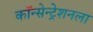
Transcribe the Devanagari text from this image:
कॉन्सेन्ट्रेशनला